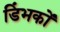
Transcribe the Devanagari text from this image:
डिंभकों